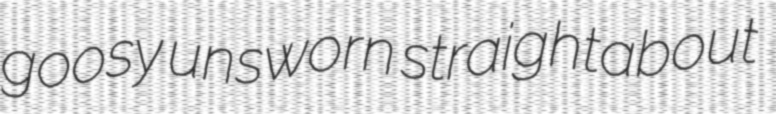
goosy unsworn straightabout